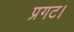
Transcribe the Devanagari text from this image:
प्रगट।